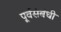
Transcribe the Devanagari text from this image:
पूर्वसंबंधी